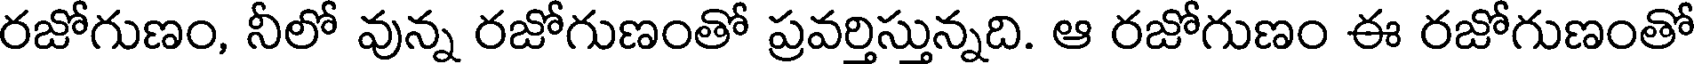
రజోగుణం, నీలో వున్న రజోగుణంతో ప్రవర్తిస్తున్నది. ఆ రజోగుణం ఈ రజోగుణంతో